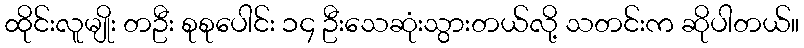
ထိုင်းလူမျိုး တဦး စုစုပေါင်း ၁၄ ဦးသေဆုံးသွားတယ်လို့ သတင်းက ဆိုပါတယ်။